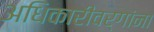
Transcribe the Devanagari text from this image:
अधिकारीवर्गांना